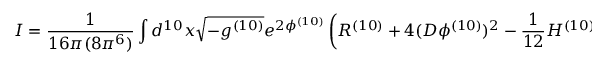
I = \frac { 1 } { 1 6 \pi ( 8 \pi ^ { 6 } ) } \int d ^ { 1 0 } x \sqrt { - g ^ { ( 1 0 ) } } e ^ { 2 \phi ^ { ( 1 0 ) } } \left( R ^ { ( 1 0 ) } + 4 ( D \phi ^ { ( 1 0 ) } ) ^ { 2 } - \frac { 1 } { 1 2 } H ^ { ( 1 0 ) 2 } \right) ,